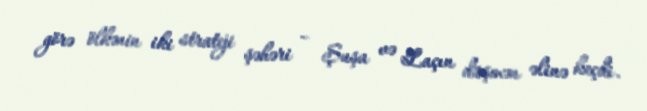
görə ölkənin iki strateji şəhəri – Şuşa və Laçın düşmən əlinə keçdi.